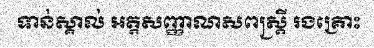
ទាន់ស្គាល់ អត្តសញ្ញាណសពស្ត្រី រងគ្រោះ